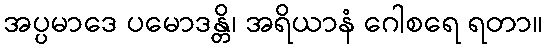
အပ္ပမာဒေ ပမောဒန္တိ၊ အရိယာနံ ဂေါစရေ ရတာ။